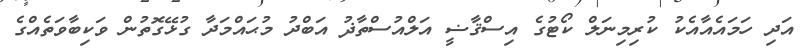
އަދި ހަމައެއާއެކު ކުރިމިނަލް ކޯޓުގެ އިސްޤާޟީ އަލްއުސްތާޛު އަބްދު މުޙައްމަދާ ގުޅޭގޮތުން ވަކިބާވަތެއްގެ